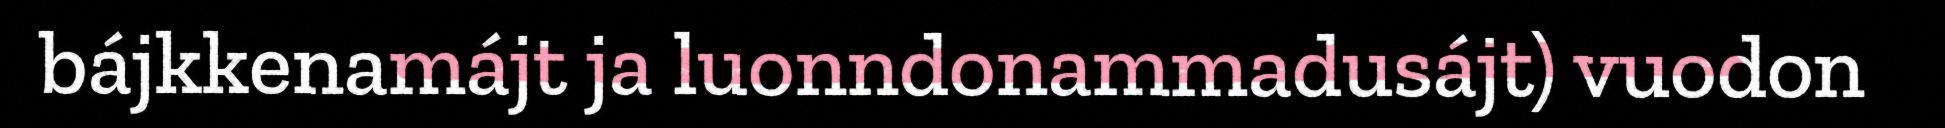
bájkkenamájt ja luonndonammadusájt) vuodon